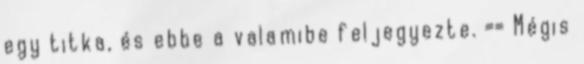
egy titka, és ebbe a valamibe feljegyezte. == Mégis